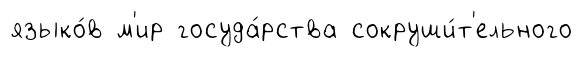
языко́в м'ир госуда́рства сокруши́т'ельного